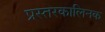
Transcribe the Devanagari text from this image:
प्रस्तरकालिनक